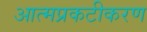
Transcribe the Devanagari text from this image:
आत्मप्रकटीकरण